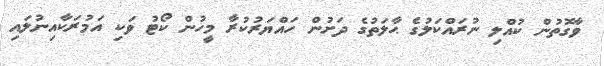
ވާގޮތުން ކުއްލި ނުރައްކަލުގެ ޙާލަތުގެ ދަށުން ހައްޔަރުކުރާ މީހުން ކޯޓު ވަކި އަމުރަކާއިނުލައި